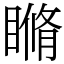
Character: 𥉈